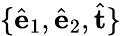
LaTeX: \{ \hat{\mathbf e}_{1},\hat{\mathbf e}_{2},\hat{\mathbf t}\}